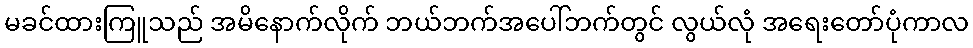
မခင်ထားကြူသည် အမိနောက်လိုက် ဘယ်ဘက်အပေါ်ဘက်တွင် လွယ်လုံ အရေးတော်ပုံကာလ